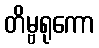
တိမ္ဗရုကော